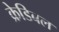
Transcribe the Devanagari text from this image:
क्रेडिबल